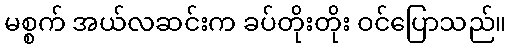
မစ္စက် အယ်လဆင်းက ခပ်တိုးတိုး ဝင်ပြောသည်။